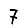
Digit: 7